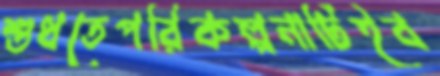
শুধতেপরিকল্পনাটিইব